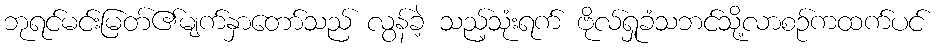
ဘုရင်မင်းမြတ်၏မျက်နှာတော်သည် လွန်ခဲ့ သည့်သုံးရက် ဗိုလ်ရှုခံသဘင်သို့လာစဉ်ကထက်ပင်